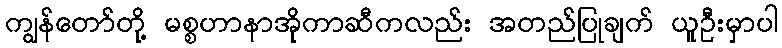
ကျွန်တော်တို့ မစ္စဟာနာအိုကာဆီကလည်း အတည်ပြုချက် ယူဦးမှာပါ